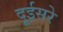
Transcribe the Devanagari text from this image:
दूईसरे